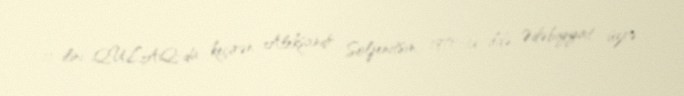
11 ilini QULAQ-da keçirən Aleksandr Soljenitsın, 1970-ci ildə Ədəbiyyat üzrə